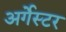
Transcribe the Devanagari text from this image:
अर्गेस्टर